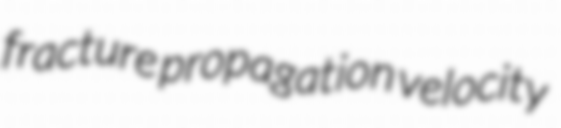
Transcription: fracture propagation velocity